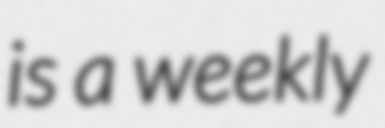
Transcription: is a weekly